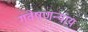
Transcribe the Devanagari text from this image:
गवेषणन्याय